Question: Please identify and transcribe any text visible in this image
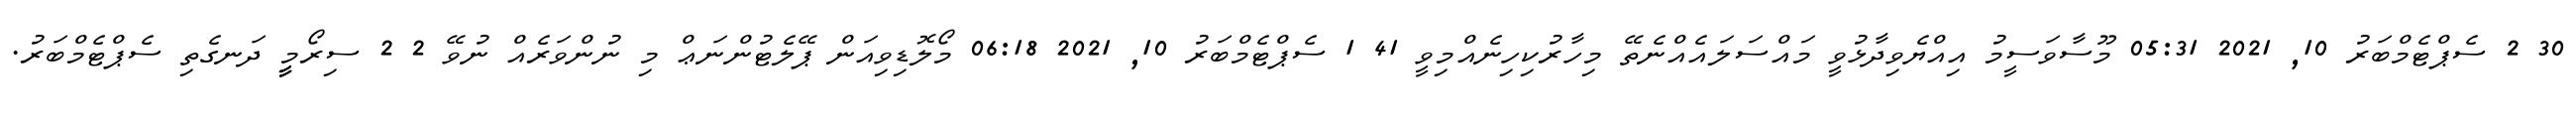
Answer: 30 2 ސެޕްޓެމްބަރު 10, 2021 05:31 މޫސާވަސީމު އިއްޔެވިދާޅުވީ މައްސަލައެއްނެތޭ މިހާރުކިހިނެއްމިވީ 41 1 ސެޕްޓެމްބަރު 10, 2021 06:18 މޯލޮޑިވިއަން ޕޭލެޓުންނަޢް މި ނުންވަރެއް ނުވޭ 2 2 ސިރޯމީީީ ދަނގެތި ސެޕްޓެމްބަރު.